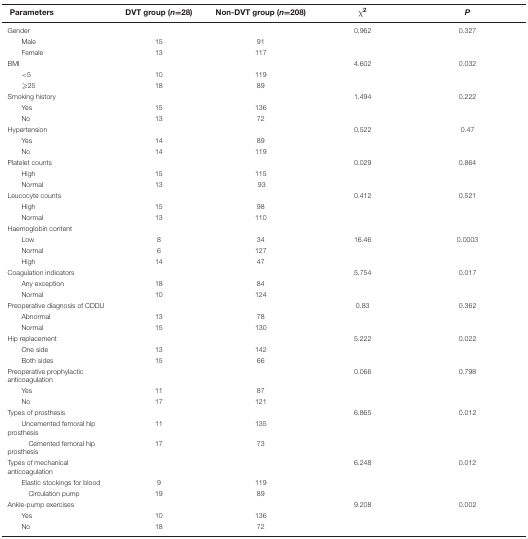
<table><thead><tr><td><b> Parameters</b></td><td><b>DVT group (<i>n</i>=28)</b></td><td><b>Non-DVT group (<i>n</i>=208)</b></td><td><b>χ<sup>2</sup></b></td><td><b><i>P</i></b></td></tr></thead><tbody><tr><td>Gender</td><td></td><td></td><td>0.962</td><td>0.327</td></tr><tr><td>Male</td><td>15</td><td>91</td><td></td><td></td></tr><tr><td>Female</td><td>13</td><td>117</td><td></td><td></td></tr><tr><td>BMI</td><td></td><td></td><td>4.602</td><td>0.032</td></tr><tr><td>&lt;5</td><td>10</td><td>119</td><td></td><td></td></tr><tr><td>≥25</td><td>18</td><td>89</td><td></td><td></td></tr><tr><td>Smoking history</td><td></td><td></td><td>1.494</td><td>0.222</td></tr><tr><td>Yes</td><td>15</td><td>136</td><td></td><td></td></tr><tr><td>No</td><td>13</td><td>72</td><td></td><td></td></tr><tr><td>Hypertension</td><td></td><td></td><td>0.522</td><td>0.47</td></tr><tr><td>Yes</td><td>14</td><td>89</td><td></td><td></td></tr><tr><td>No</td><td>14</td><td>119</td><td></td><td></td></tr><tr><td>Platelet counts</td><td></td><td></td><td>0.029</td><td>0.864</td></tr><tr><td>High</td><td>15</td><td>115</td><td></td><td></td></tr><tr><td>Normal</td><td>13</td><td> 93</td><td></td><td></td></tr><tr><td>Leucocyte counts</td><td></td><td></td><td>0.412</td><td>0.521</td></tr><tr><td>High</td><td>15</td><td>98</td><td></td><td></td></tr><tr><td>Normal</td><td>13</td><td>110</td><td></td><td></td></tr><tr><td>Haemoglobin content</td><td></td><td></td><td></td><td></td></tr><tr><td>Low</td><td>8</td><td>34</td><td>16.46</td><td>0.0003</td></tr><tr><td>Normal</td><td>6</td><td>127</td><td></td><td></td></tr><tr><td>High</td><td>14</td><td>47</td><td></td><td></td></tr><tr><td>Coagulation indicators</td><td></td><td></td><td>5.754</td><td>0.017</td></tr><tr><td>Any exception</td><td>18</td><td>84</td><td></td><td></td></tr><tr><td>Normal</td><td>10</td><td>124</td><td></td><td></td></tr><tr><td>Preoperative diagnosis of CDDU</td><td></td><td></td><td>0.83</td><td>0.362</td></tr><tr><td>Abnormal</td><td>13</td><td>78</td><td></td><td></td></tr><tr><td>Normal</td><td>15</td><td>130</td><td></td><td></td></tr><tr><td>Hip replacement</td><td></td><td></td><td>5.222</td><td>0.022</td></tr><tr><td>One side</td><td>13</td><td>142</td><td></td><td></td></tr><tr><td>Both sides</td><td>15</td><td>66</td><td></td><td></td></tr><tr><td>Preoperative prophylactic anticoagulation</td><td></td><td></td><td>0.066</td><td>0.798</td></tr><tr><td>Yes</td><td>11</td><td>87</td><td></td><td></td></tr><tr><td>No</td><td>17</td><td>121</td><td></td><td></td></tr><tr><td>Types of prosthesis</td><td></td><td></td><td>6.865</td><td>0.012</td></tr><tr><td>Uncemented femoral hip prosthesis</td><td>11</td><td>135</td><td></td><td></td></tr><tr><td>Cemented femoral hip prosthesis</td><td>17</td><td>73</td><td></td><td></td></tr><tr><td>Types of mechanical anticoagulation</td><td></td><td></td><td>6.248</td><td>0.012</td></tr><tr><td>Elastic stockings for blood</td><td>9</td><td>119</td><td></td><td></td></tr><tr><td>Circulation pump</td><td>19</td><td>89</td><td></td><td></td></tr><tr><td>Ankle-pump exercises</td><td></td><td></td><td>9.208</td><td>0.002</td></tr><tr><td>Yes</td><td>10</td><td>136</td><td></td><td></td></tr><tr><td>No</td><td>18</td><td>72</td><td></td><td></td></tr></tbody></table>